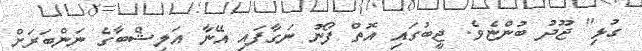
ގުޅި" ޖޫދު ބުންޏެވެ. ޖީބުގައި އޮތް ފޯނު ނަގާފައި އޭނާ އަލިޝްބާގެ ނަންބަރަށް